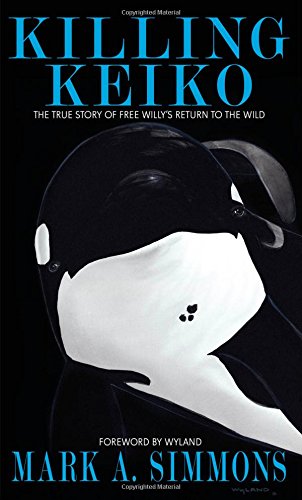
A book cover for Killing Keiko: The True Story of Free Willy's Return to the Wild; Mark Simmons; History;